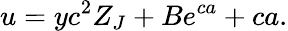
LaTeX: u=yc^{2}Z_{J}+Be^{ca}+ca.